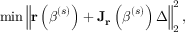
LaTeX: \operatorname* { m i n } \left\| \mathbf { r } \left( { \boldsymbol { \beta } } ^ { ( s ) } \right) + \mathbf { J _ { r } } \left( { \boldsymbol { \beta } } ^ { ( s ) } \right) \Delta \right\| _ { 2 } ^ { 2 } ,